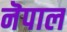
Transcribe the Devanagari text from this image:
नॆपाल